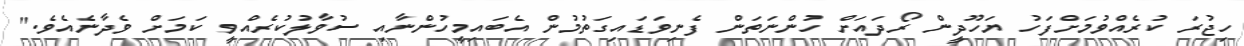
ހިޖުރަ ކުރެއްވުމަށްފަހު ޔަހޫދީން ރޯދައަށް ހުންނަތަން ފެނިވަޑައިގަތުމުން އެބައިމީހުންނާއި ސުވާލުކުރެއްވީ ކަމަށް ވެދާނެއެވެ."